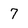
Character: 7